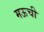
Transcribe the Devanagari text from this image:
मऊची